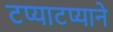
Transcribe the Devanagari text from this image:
टप्याटप्याने